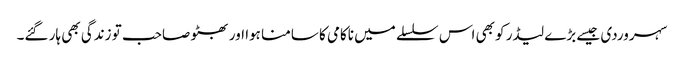
سہروردی جیسے بڑے لیڈر کو بھی اس سلسلے میں ناکامی کا سامنا ہوا اور بھٹو صاحب تو زندگی بھی ہار گئے۔